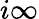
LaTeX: i\infty